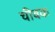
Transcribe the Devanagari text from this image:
चीवक